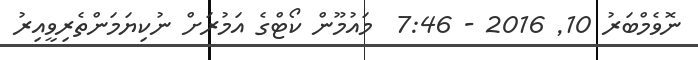
ނޮވެމްބަރު 10